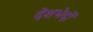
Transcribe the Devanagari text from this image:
देशभेदों